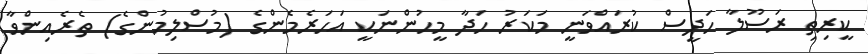
ކީރިތި ރަސޫލާ ހަދީސް ކުރައްވަނީ މަކަރު ހަދާ މީހުންނަކީ އަހަރެމެންގެ (މުސްލިމުންގެ) ތެރެއިންވާ